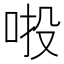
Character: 𠲴